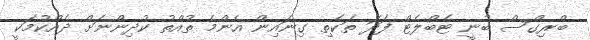
ބްރިގްސް ބުނީ ޓެބްލެޓް ފަދަ ތަކެތި ގިނައިން އެންމެ ތުއްތު ކުދިންނަށް ދެއްކުމަކީ